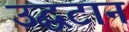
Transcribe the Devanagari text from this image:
उद्घटान